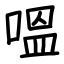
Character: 嗢